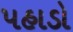
પહાડો